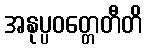
အနုပ္ပဝတ္တေတီတိ